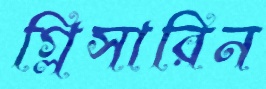
গ্লিসারিন